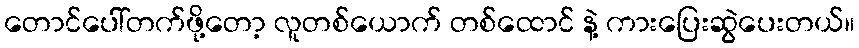
တောင်ပေါ်တက်ဖို့တော့ လူတစ်ယောက် တစ်ထောင် နဲ့ ကားပြေးဆွဲပေးတယ်။